Source: Handwritten
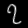
Digit: ၇ (7)